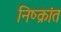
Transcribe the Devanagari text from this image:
निष्क्रांत